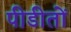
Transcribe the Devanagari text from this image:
पीडीतों